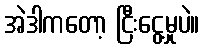
အဲဒါကတော့ ငြီးငွေ့မှုပဲ။